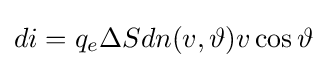
di=q_{e}\Delta Sdn(v,\vartheta )v\cos \vartheta